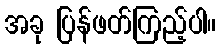
အခု ပြန်ဖတ်ကြည့်ပါ။